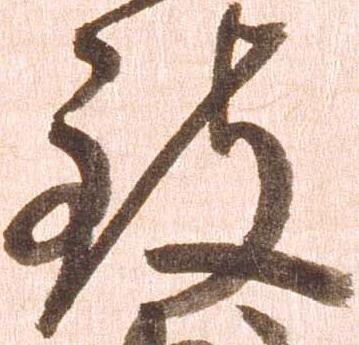
致